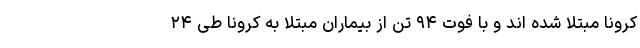
کرونا مبتلا شده اند و با فوت ۹۴ تن از بیماران مبتلا به کرونا طی ۲۴